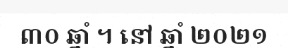
៣០ ឆ្នាំ ។ នៅ ឆ្នាំ ២០២១